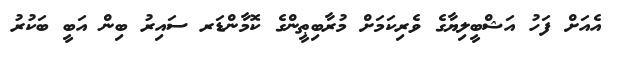
އެއަށް ފަހު އަޝްބީލިޔާގެ ވެރިކަމަށް މުރާބިޠީންގެ ކޮމާންޑަރ ސައިރު ބިން އަބީ ބަކުރު